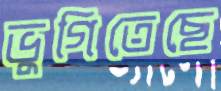
ভুগিতেছে